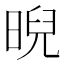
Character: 晲